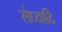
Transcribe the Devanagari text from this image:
संध्यादि